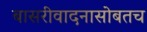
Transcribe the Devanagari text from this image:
बासरीवादनासोबतच